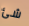
شئ